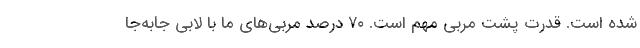
شده است. قدرت پشت مربی مهم است. ٧٠ درصد مربی‌های ما با لابی جابه‌جا